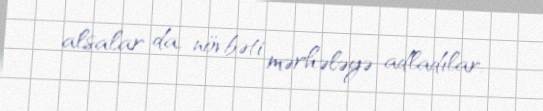
alsalar da, növbəti mərhələyə adladılar.